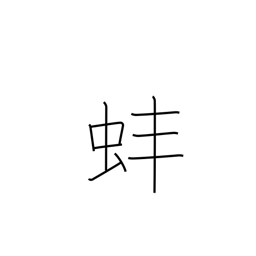
Meaning: clam